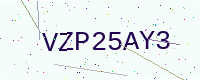
Text: VZP25AY3